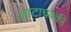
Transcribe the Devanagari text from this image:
आटाचक्की